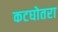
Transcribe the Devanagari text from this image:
कटघोतरा